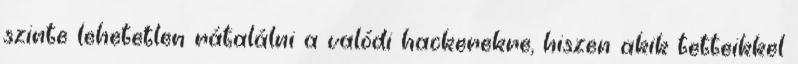
szinte lehetetlen rátalálni a valódi hackerekre, hiszen akik tetteikkel